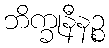
ဘိက္ခုနီနဉ္စ